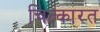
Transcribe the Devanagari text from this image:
चित्कारत